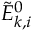
\tilde { E } _ { k , i } ^ { 0 }